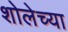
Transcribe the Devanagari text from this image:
शोलेच्या